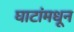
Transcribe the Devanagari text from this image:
घाटांमधून